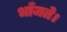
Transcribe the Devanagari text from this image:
भाँजते।